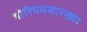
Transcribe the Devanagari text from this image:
थोरियमसारख्या